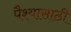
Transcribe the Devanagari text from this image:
पैश्यासाठी